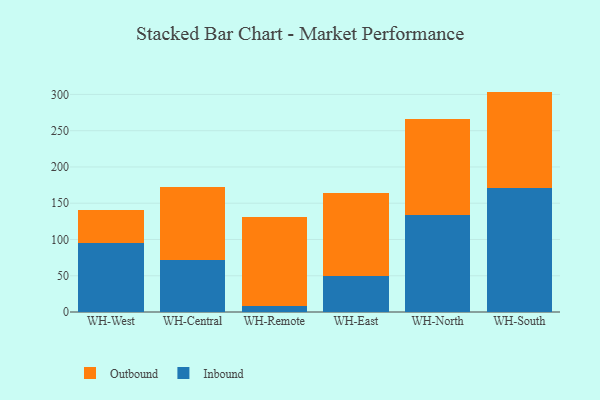
{"axis": {"x": "Warehouse", "y": "Market Share (%)"}, "legend": ["Inbound", "Outbound"], "data": [{"x": "WH-West", "y": 95.1, "type": "Inbound"}, {"x": "WH-West", "y": 45.7, "type": "Outbound"}, {"x": "WH-Central", "y": 71.7, "type": "Inbound"}, {"x": "WH-Central", "y": 101.1, "type": "Outbound"}, {"x": "WH-Remote", "y": 8.1, "type": "Inbound"}, {"x": "WH-Remote", "y": 122.8, "type": "Outbound"}, {"x": "WH-East", "y": 49.8, "type": "Inbound"}, {"x": "WH-East", "y": 114.3, "type": "Outbound"}, {"x": "WH-North", "y": 133.6, "type": "Inbound"}, {"x": "WH-North", "y": 132.0, "type": "Outbound"}, {"x": "WH-South", "y": 171.0, "type": "Inbound"}, {"x": "WH-South", "y": 132.9, "type": "Outbound"}]}